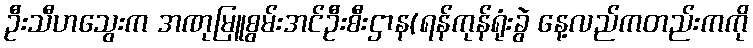
ဦးသီဟသွေးက အဏုမြူစွမ်းအင်ဦးစီးဌာန(ရန်ကုန်ရုံးခွဲ နေ့လည်ကတည်းကကို